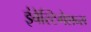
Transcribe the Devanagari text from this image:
इंवेस्टिगेशन्स